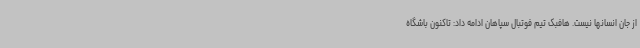
از جان انسانها نیست. هافبک تیم فوتبال سپاهان ادامه داد: تاکنون باشگاه